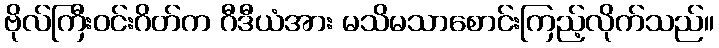
ဗိုလ်ကြီးဝင်းဂိတ်က ဂီဒီယံအား မသိမသာစောင်းကြည့်လိုက်သည်။